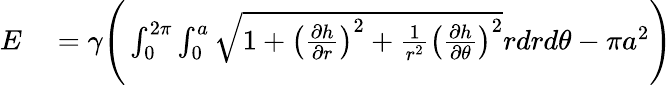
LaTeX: \begin{array}{rl}{E}&{{}=\gamma\Bigg(\int_{0}^{2\pi}\int_{0}^{a}\sqrt{1+\left(\frac{\partial h}{\partial r}\right)^{2}+\frac{1}{r^{2}}\left(\frac{\partial h}{\partial\theta}\right)^{2}}rdrd\theta-\pi a^{2}\Bigg)}\end{array}